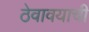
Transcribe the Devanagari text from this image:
ठेवावयाची